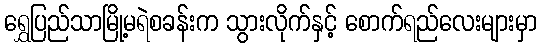
ရွှေပြည်သာမြို့မရဲစခန်းက သွားလိုက်နှင့် စောက်ရည်လေးများမှာ